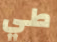
طي